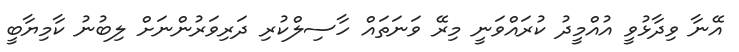
އޭނާ ވިދާޅުވީ އުއްމީދު ކުރައްވަނީ މިރޭ ވަނަތައް ހާސިލްކުރި ދަރިވަރުންނަށް ލިބުނު ކާމިޔާބީ